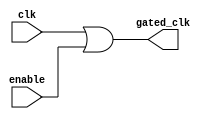
module clock_gating (
    input wire clk,         // Primary clock signal
    input wire enable,      // Enable signal to control clock gating
    output wire gated_clk   // Gated clock signal output
);

    // OR gate to combine the primary clock and enable signal
    assign gated_clk = clk | enable;

endmodule